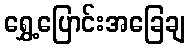
ရွှေ့ပြောင်းအခြေချ